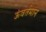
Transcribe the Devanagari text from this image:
ऊंवर्तमान